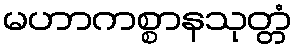
မဟာကစ္စာနသုတ္တံ